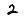
Digit: 2